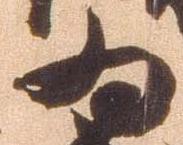
為